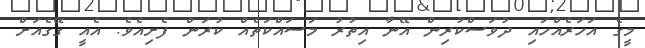
މީގެ އަހަރެއްހައި ދުވަސްކުރިން އޭނާ އިތުރު މަސައްކަތެއް ކުރަން ފެށިއެވެ. އެއީ ގޭގެއަށް